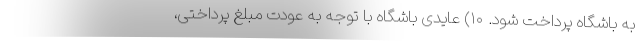
به باشگاه پرداخت شود. ۱۰) عایدی باشگاه با توجه به عودت مبلغ پرداختی،